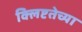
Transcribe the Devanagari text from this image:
क्लिष्टतेच्या